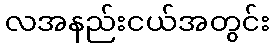
လအနည်းငယ်အတွင်း